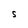
Character: S